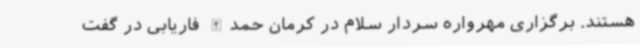
هستند. برگزاری مهرواره سردار سلام در کرمان حمدالله فاریابی در گفت